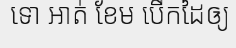
ទោ អាត់ ខែម បើកដៃឲ្យ